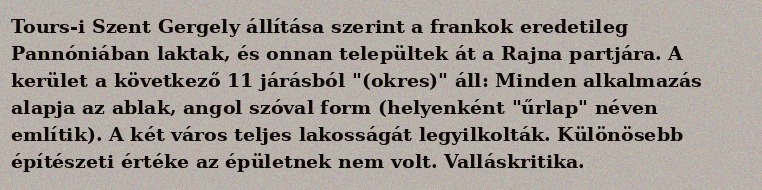
Tours-i Szent Gergely állítása szerint a frankok eredetileg Pannóniában laktak, és onnan települtek át a Rajna partjára. A kerület a következő 11 járásból "(okres)" áll: Minden alkalmazás alapja az ablak, angol szóval form (helyenként "űrlap" néven említik). A két város teljes lakosságát legyilkolták. Különösebb építészeti értéke az épületnek nem volt. Valláskritika.